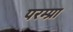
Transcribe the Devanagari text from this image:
परम्प्रा